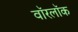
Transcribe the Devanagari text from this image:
वॉरलॉक